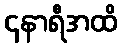
၄နာရီအထိ